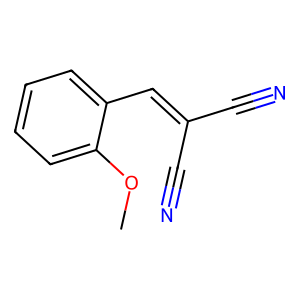
SMILES: COc1ccccc1C=C(C#N)C#N
Inhibits HIV replication: No